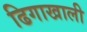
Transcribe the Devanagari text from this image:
ढिगाखाली